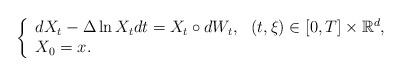
LaTeX: \begin{align*}\left\{ \begin{array}{ll}dX_{t}-\Delta \ln X_{t}dt=X_t\circ dW_{t}, & (t,\xi) \in \left[ 0,T\right]\times \mathbb{R}^{d}, \\ X_{0}=x.& \end{array}\right. \end{align*}